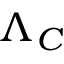
\Lambda _ { C }